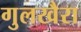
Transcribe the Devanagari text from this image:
गुलखैरा